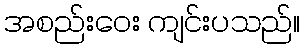
အစည်းဝေး ကျင်းပသည်။